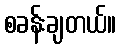
စခန်းချတယ်။